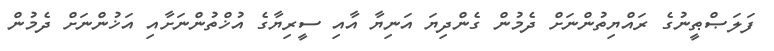
ފަލަޞްޠީނުގެ ރައްޔިތުންނަށް ދެމުން ގެންދިޔަ އަނިޔާ އާއި ސީރިޔާގެ އުޚްތުންނަށާއި އަޚުންނަށް ދެމުން